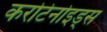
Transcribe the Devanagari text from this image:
करोटेनोइड्स